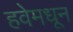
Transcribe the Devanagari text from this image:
हवेमधून